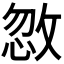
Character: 𪯏